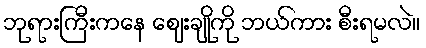
ဘုရားကြီးကနေ ဈေးချိုကို ဘယ်ကား စီးရမလဲ။